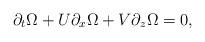
LaTeX: \begin{align*}\partial_t \Omega + U \partial_x \Omega + V \partial_z \Omega = 0,\end{align*}